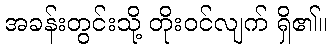
အခန်းတွင်းသို့ တိုးဝင်လျက် ရှိ၏။